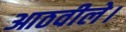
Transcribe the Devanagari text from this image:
आठवीले।